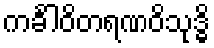
ကင်္ခါဝိတရဏဝိသုဒ္ဓိ